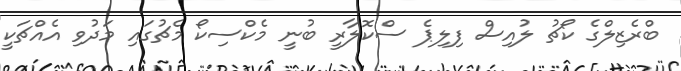
ބްރެޒިލްގެ ކޯޗު ލުއިސް ފިލިޕެ ސްކޮލާރީ ބުނީ މެކްސިކޯ މެޗުގައި މަދުވި އެއްޗަކީ